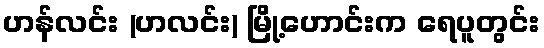
ဟန်လင်း (ဟလင်း) မြို့ဟောင်းက ရေပူတွင်း